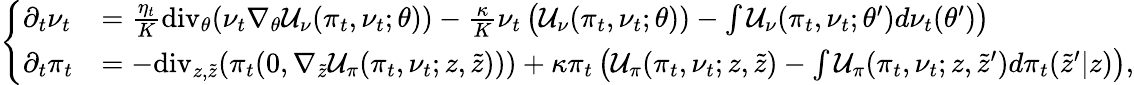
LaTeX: \left\{ \begin{array}{ll}{\partial_{t}\nu_{t}}&{=\frac{\eta_{t}}{K}\mathrm{div}_{\theta}(\nu_{t}\nabla_{\theta}\mathcal{U}_{\nu}(\pi_{t},\nu_{t};\theta))-\frac{\kappa}{K}\nu_{t}\left(\mathcal{U}_{\nu}(\pi_{t},\nu_{t};\theta))-\int\mathcal{U}_{\nu}(\pi_{t},\nu_{t};\theta^{\prime})d\nu_{t}(\theta^{\prime})\right)}\\ {\partial_{t}\pi_{t}}&{=-\mathrm{div}_{z,\tilde{z}}(\pi_{t}(0,\nabla_{\tilde{z}}\mathcal{U}_{\pi}(\pi_{t},\nu_{t};z,\tilde{z})))+\kappa\pi_{t}\left(\mathcal{U}_{\pi}(\pi_{t},\nu_{t};z,\tilde{z})-\int\mathcal{U}_{\pi}(\pi_{t},\nu_{t};z,\tilde{z}^{\prime})d\pi_{t}(\tilde{z}^{\prime}|z)\right),}\end{array}\right.